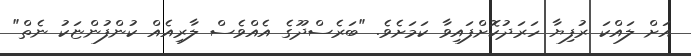
އަށް ލައްކަ ރުފިޔާ ހަރަދުކޮށްފައިވާ ކަމަށެވެ. "ބަރެސްދޫގެ އެއްވެސް ލާރިއެއް ކުންފުންޏަކު ނެތް"